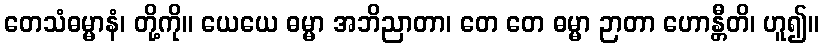
တေသံဓမ္မာနံ၊ တို့ကို။ ယေယေ ဓမ္မာ အဘိညာတာ၊ တေ တေ ဓမ္မာ ဉာတာ ဟောန္တီတိ၊ ဟူ၍။